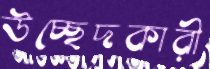
উচ্ছেদকারী